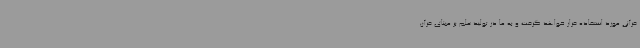
قرآنی مورد استفاده قرار خواهد گرفت و به ما در تولید علم بر مبنای قرآن